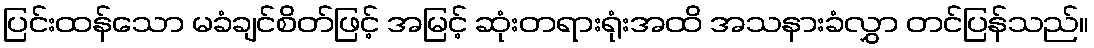
ပြင်းထန်သော မခံချင်စိတ်ဖြင့် အမြင့် ဆုံးတရားရုံးအထိ အသနားခံလွှာ တင်ပြန်သည်။